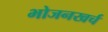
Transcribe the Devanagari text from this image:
भोजनखर्च